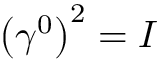
\left( \gamma ^ { 0 } \right) ^ { 2 } = I